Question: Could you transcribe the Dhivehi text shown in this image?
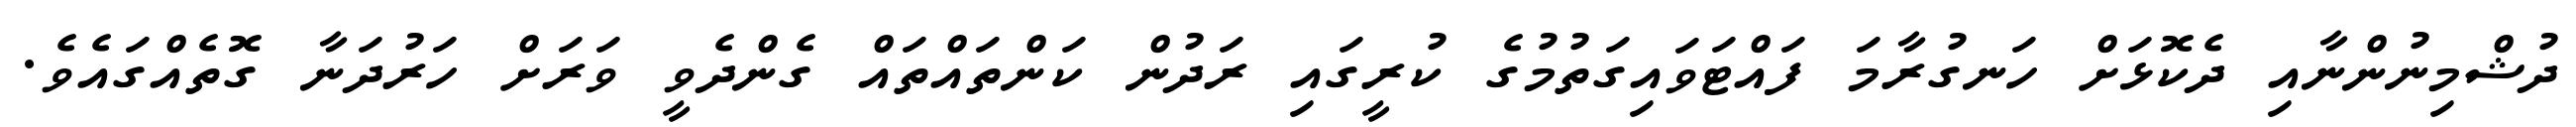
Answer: ދުޝްމިނުންނާއި ދެކޮޅަށް ހަނގުރާމަ ފައްޓަވައިގަތުމުގެ ކުރީގައި ރަދުން ކަންތައްތައް ގެންދެވީ ވަރަށް ހަރުދަނާ ގޮތެއްގައެވެ.